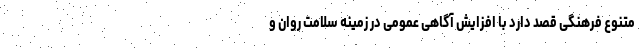
متنوع فرهنگی قصد دارد با افزایش آگاهی عمومی در زمینه سلامت روان و